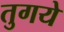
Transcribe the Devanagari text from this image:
तुगये